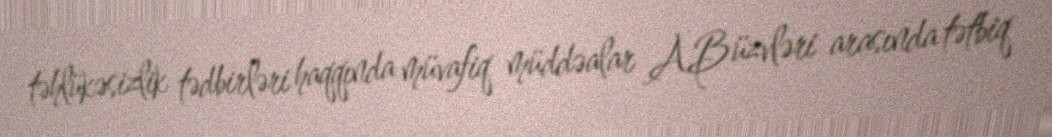
təhlükəsizlik tədbirləri haqqında müvafiq müddəalar AB üzvləri arasında tətbiq